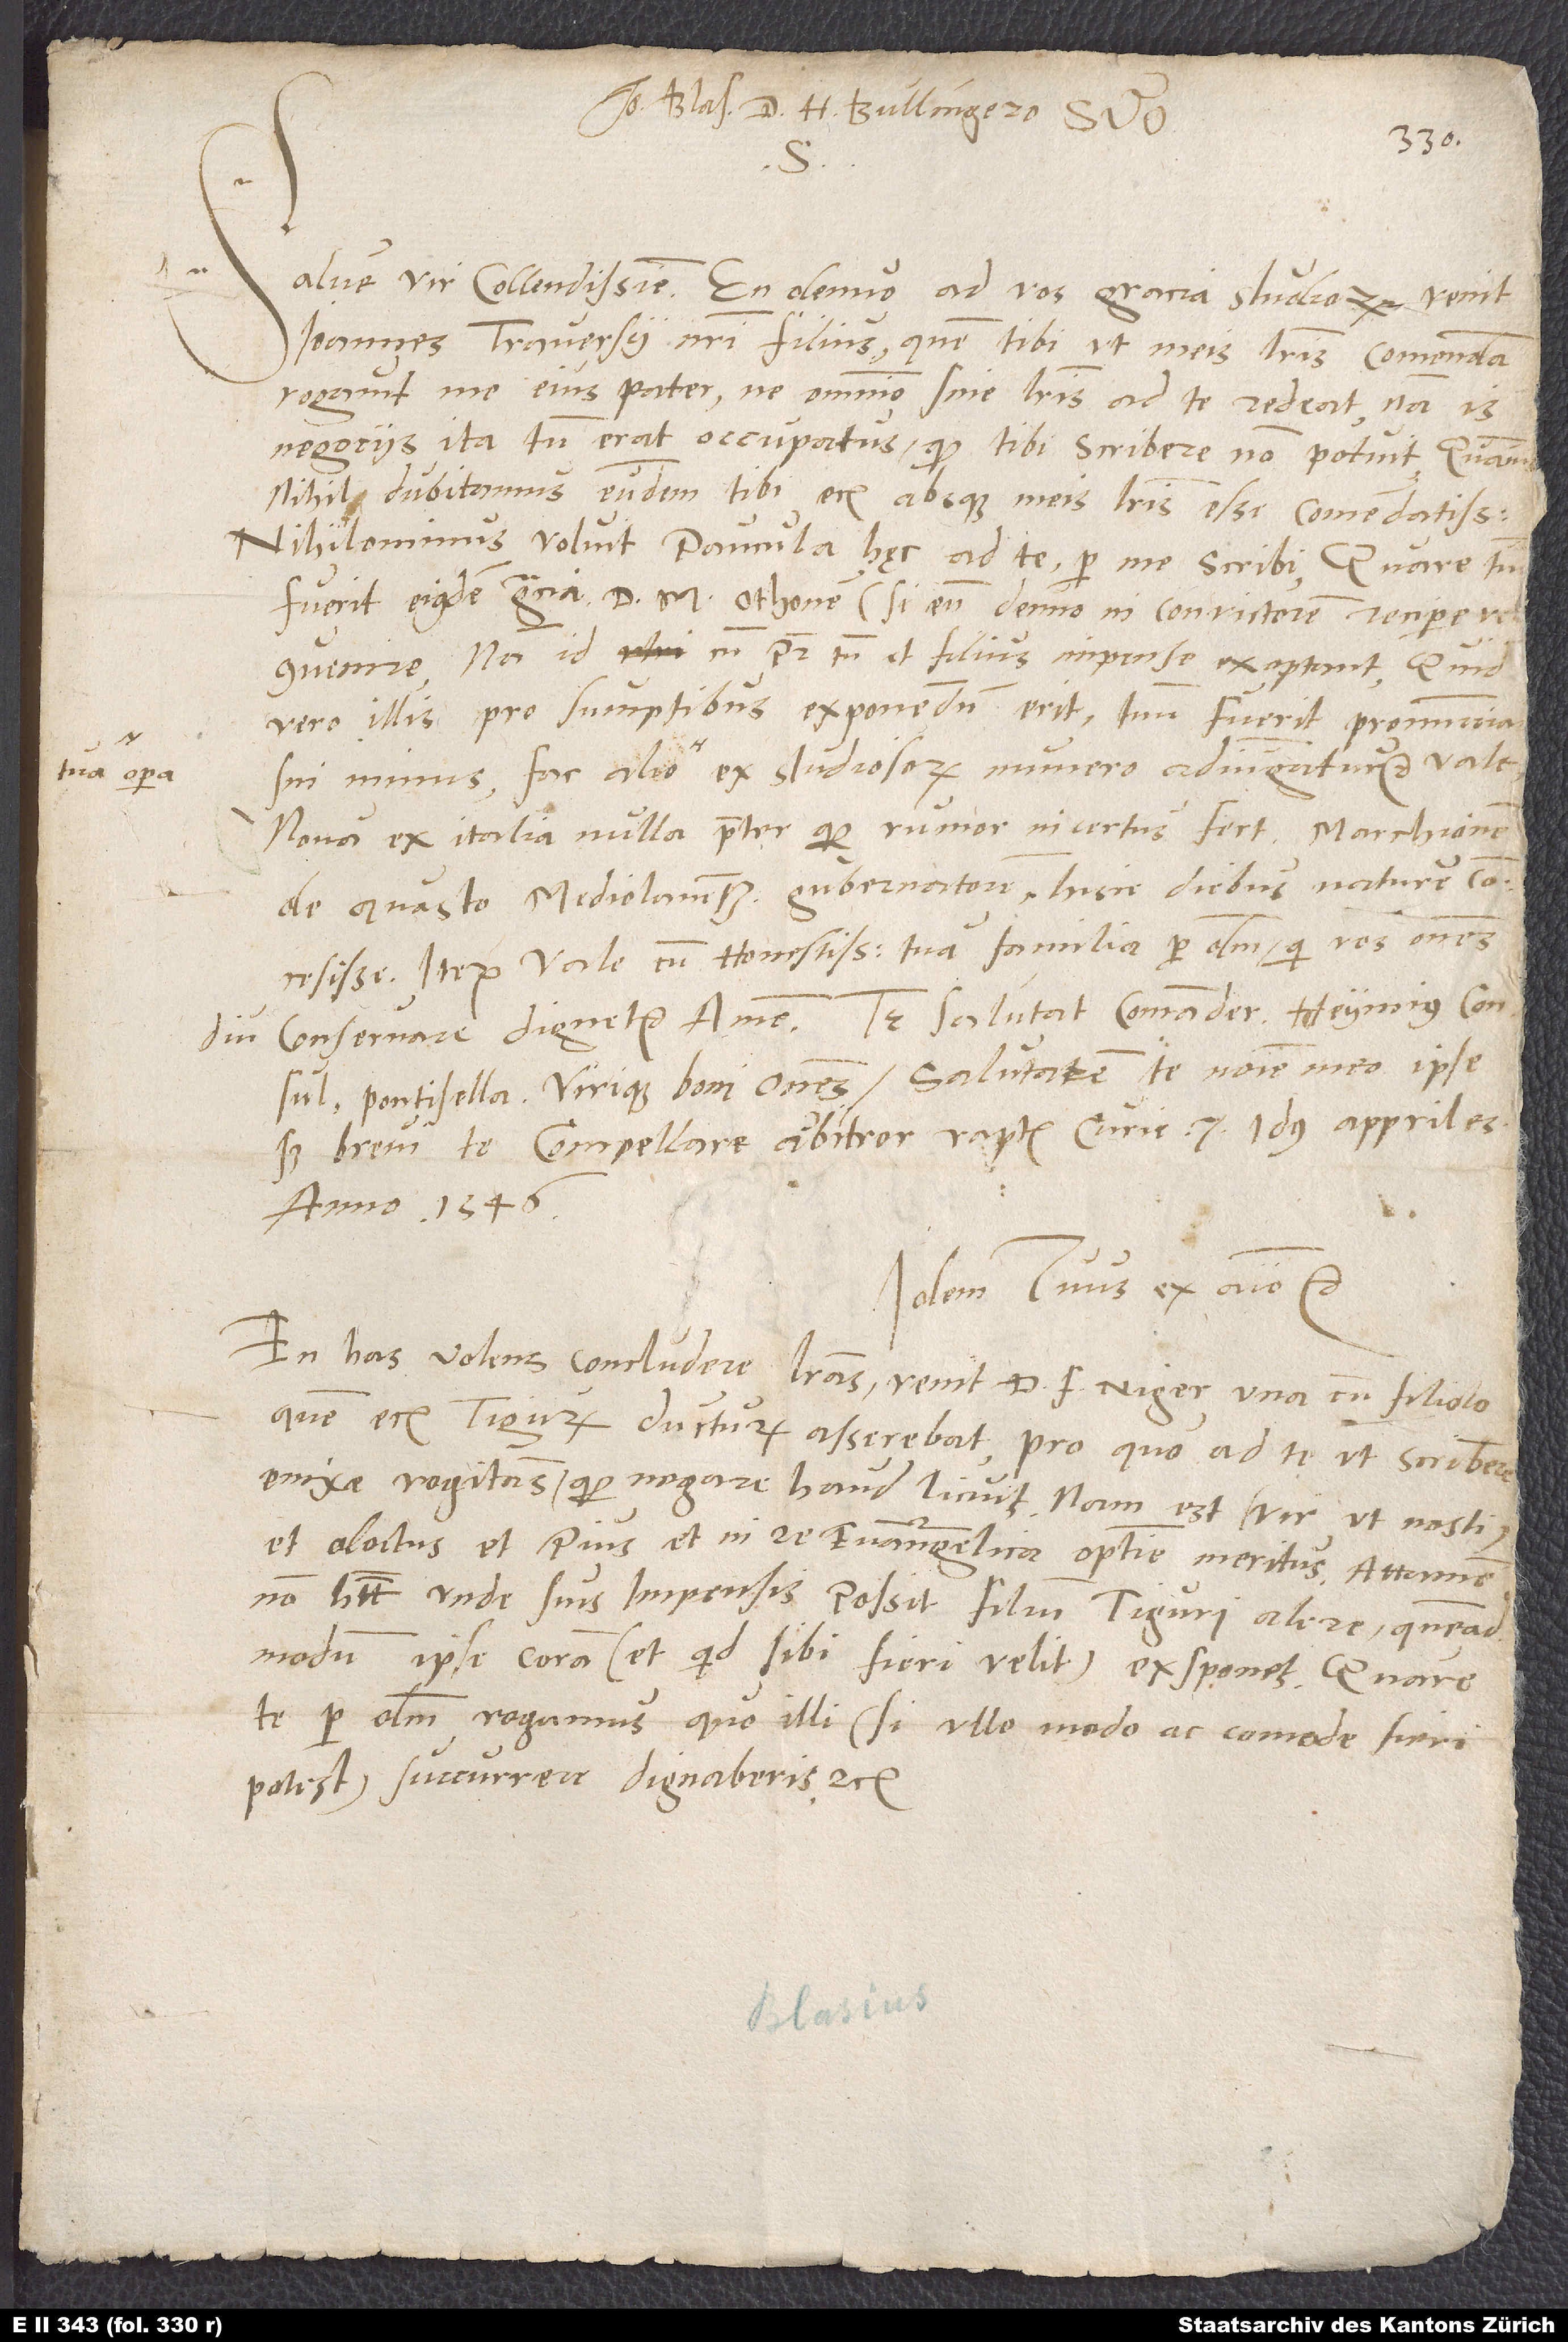
tua opera

domino

Salve, vir colendissime. En denuo ad vos gracia studiorum venit
Ioannes, Traversii nostri filius, quem tibi ut meis literis com
Nova ex Italia nulla, praeter quod rumor incertus fert marchionem
de Quasto, Mediolanensem gubernatorem, hisce diebus nature
concessisse. Iterum vale cum honestissima tua familia per deum, qui vos omnes
conservare dignetur. Amen. Te salutat Comander, Heymius consul,
Pontisella virique boni omnes. Salutarem te nomine meo ipse,
sed brevi te compellare arbitror. Raptim, Curie, 7. idus appriles
anno 1546.
Idem tuus ex animo, etc.
En has volens concludere literas venit d. Franciscus Niger una cum filiolo,
quem eciam Tigurum ducturum asserebat, pro quo ad te ut scriberem
enixe rogitans, quod negare haud licuit. Nam est vir (ut nosti)
et doctus et pius et in re evangelica optime meritus; attamen
non habet, unde suis impensis possit filium Tiguri alere, quemadmodum
ipse coram (et quid sibi fieri velit) exsponetode
potest, succurrere dignaberis, etc.
Blasius